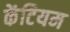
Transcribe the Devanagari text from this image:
केंटियम